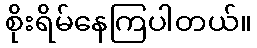
စိုးရိမ်နေကြပါတယ်။